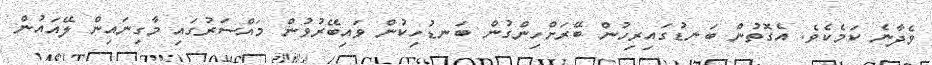
ވެދާނެ ކަމެކެވެ. އެގޮތުން ބަނޑުގައިރިހުން ބޭރަށްހިންގުން ބަނޑުހިކުން ވައިބޭރުވުން މައްސަރުގައި މާގިނައިން ލޭއައުން